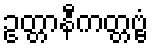
ဥတ္တာနီကတ္တဗ္ဗံ